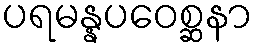
ပရမန္နပဝေစ္ဆနာ